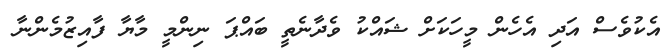
އެކުވެސް އަދި އެހެން މީހަކަށް ޝައްކު ވެދާނެތީ ބައްޕަ ނިންމީ މާޔާ ފާއިޒުމެންނާ